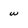
Character: w